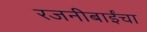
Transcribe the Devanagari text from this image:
रजनीबाईंचा